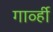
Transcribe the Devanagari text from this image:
गार्व्ही